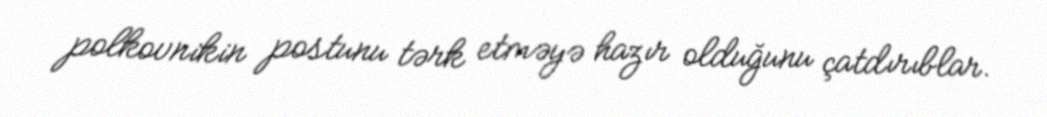
polkovnikin postunu tərk etməyə hazır olduğunu çatdırıblar.